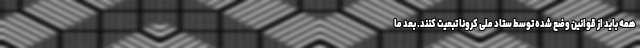
همه باید از قوانین وضع شده توسط ستاد ملی کرونا تبعیت کنند. بعد ما